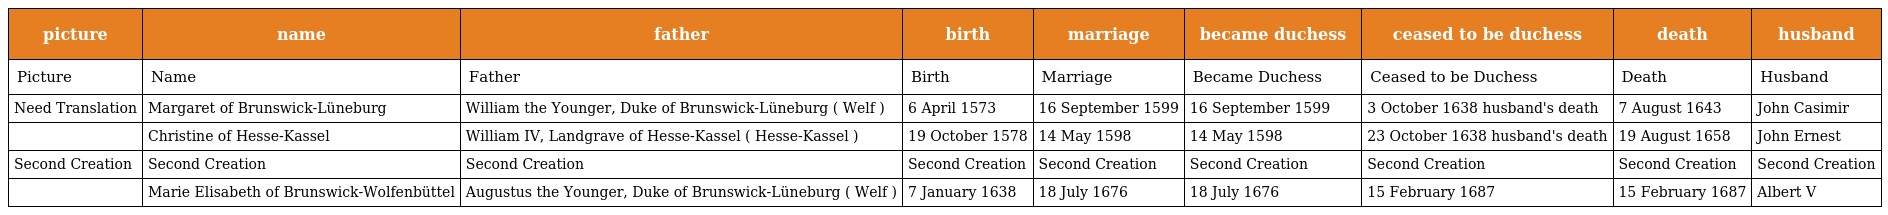
| picture | name | father | birth | marriage | became duchess | ceased to be duchess | death | husband |
 | --- | --- | --- | --- | --- | --- | --- | --- | --- |
 | Picture | Name | Father | Birth | Marriage | Became Duchess | Ceased to be Duchess | Death | Husband |
 | Need Translation | Margaret of Brunswick-Lüneburg | William the Younger, Duke of Brunswick-Lüneburg ( Welf ) | 6 April 1573 | 16 September 1599 | 16 September 1599 | 3 October 1638 husband's death | 7 August 1643 | John Casimir |
 |  | Christine of Hesse-Kassel | William IV, Landgrave of Hesse-Kassel ( Hesse-Kassel ) | 19 October 1578 | 14 May 1598 | 14 May 1598 | 23 October 1638 husband's death | 19 August 1658 | John Ernest |
 | Second Creation | Second Creation | Second Creation | Second Creation | Second Creation | Second Creation | Second Creation | Second Creation | Second Creation |
 |  | Marie Elisabeth of Brunswick-Wolfenbüttel | Augustus the Younger, Duke of Brunswick-Lüneburg ( Welf ) | 7 January 1638 | 18 July 1676 | 18 July 1676 | 15 February 1687 | 15 February 1687 | Albert V |